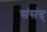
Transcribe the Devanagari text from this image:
संसंद्